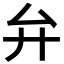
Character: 弁